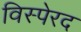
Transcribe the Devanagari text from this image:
विस्पेरद